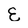
Character: E